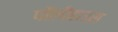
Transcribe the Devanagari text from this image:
पॉलीहाउस